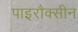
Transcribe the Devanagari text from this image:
पाइरौक्सीन